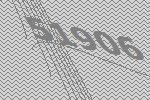
51906